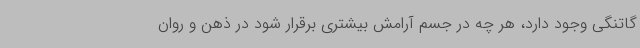
گاتنگی وجود دارد، هر چه در جسم آرامش بیشتری برقرار شود در ذهن و روان